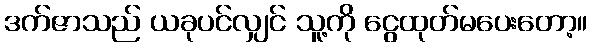
ဒက်ဇာသည် ယခုပင်လျှင် သူ့ကို ငွေထုတ်မပေးတော့။